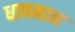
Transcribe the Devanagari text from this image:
धावमान